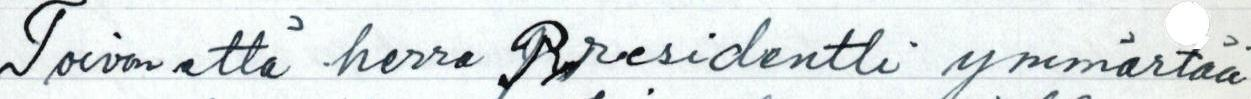
Toivon että herra Presidentti ymmärtää